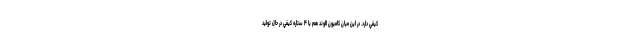
كيفي دارد. در اين ميان كاميون الوند هم با ۴ ستاره كيفي در حال توليد